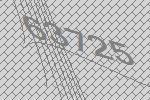
63725